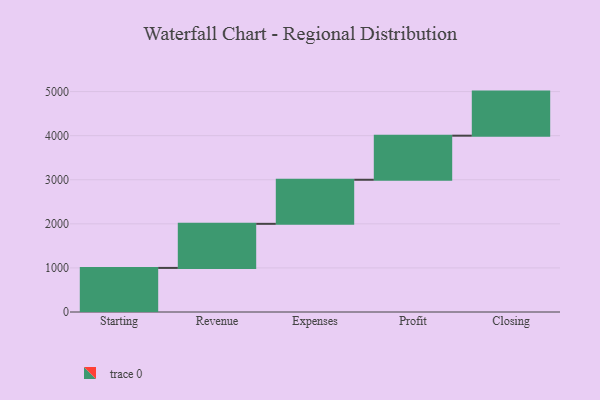
{"axis": {"x": "Step", "y": "Value"}, "legend": [""], "data": [{"x": "Starting", "y": 1000, "type": ""}, {"x": "Revenue", "y": 1000, "type": ""}, {"x": "Expenses", "y": 1000, "type": ""}, {"x": "Profit", "y": 1000, "type": ""}, {"x": "Closing", "y": 1000, "type": ""}]}